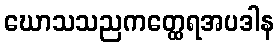
ဃောသသညကတ္ထေရအပဒါန